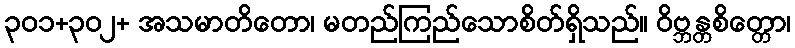
၃၀၁+၃၀၂+ အသမာတိတော၊ မတည်ကြည်သောစိတ်ရှိသည်။ ဝိဗ္ဘန္တစိတ္တော၊